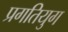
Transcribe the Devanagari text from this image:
प्रगतियुग